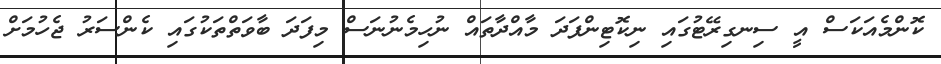
ކޮންމެއަކަސް އީ ސިނގިރޭޓުގައި ނިކޮޓިންފަދަ މާއްދާތައް ނުހިމެނުނަސް މިފަދަ ބާވަތްތަކުގައި ކެންސަރު ޖެހުމަށް